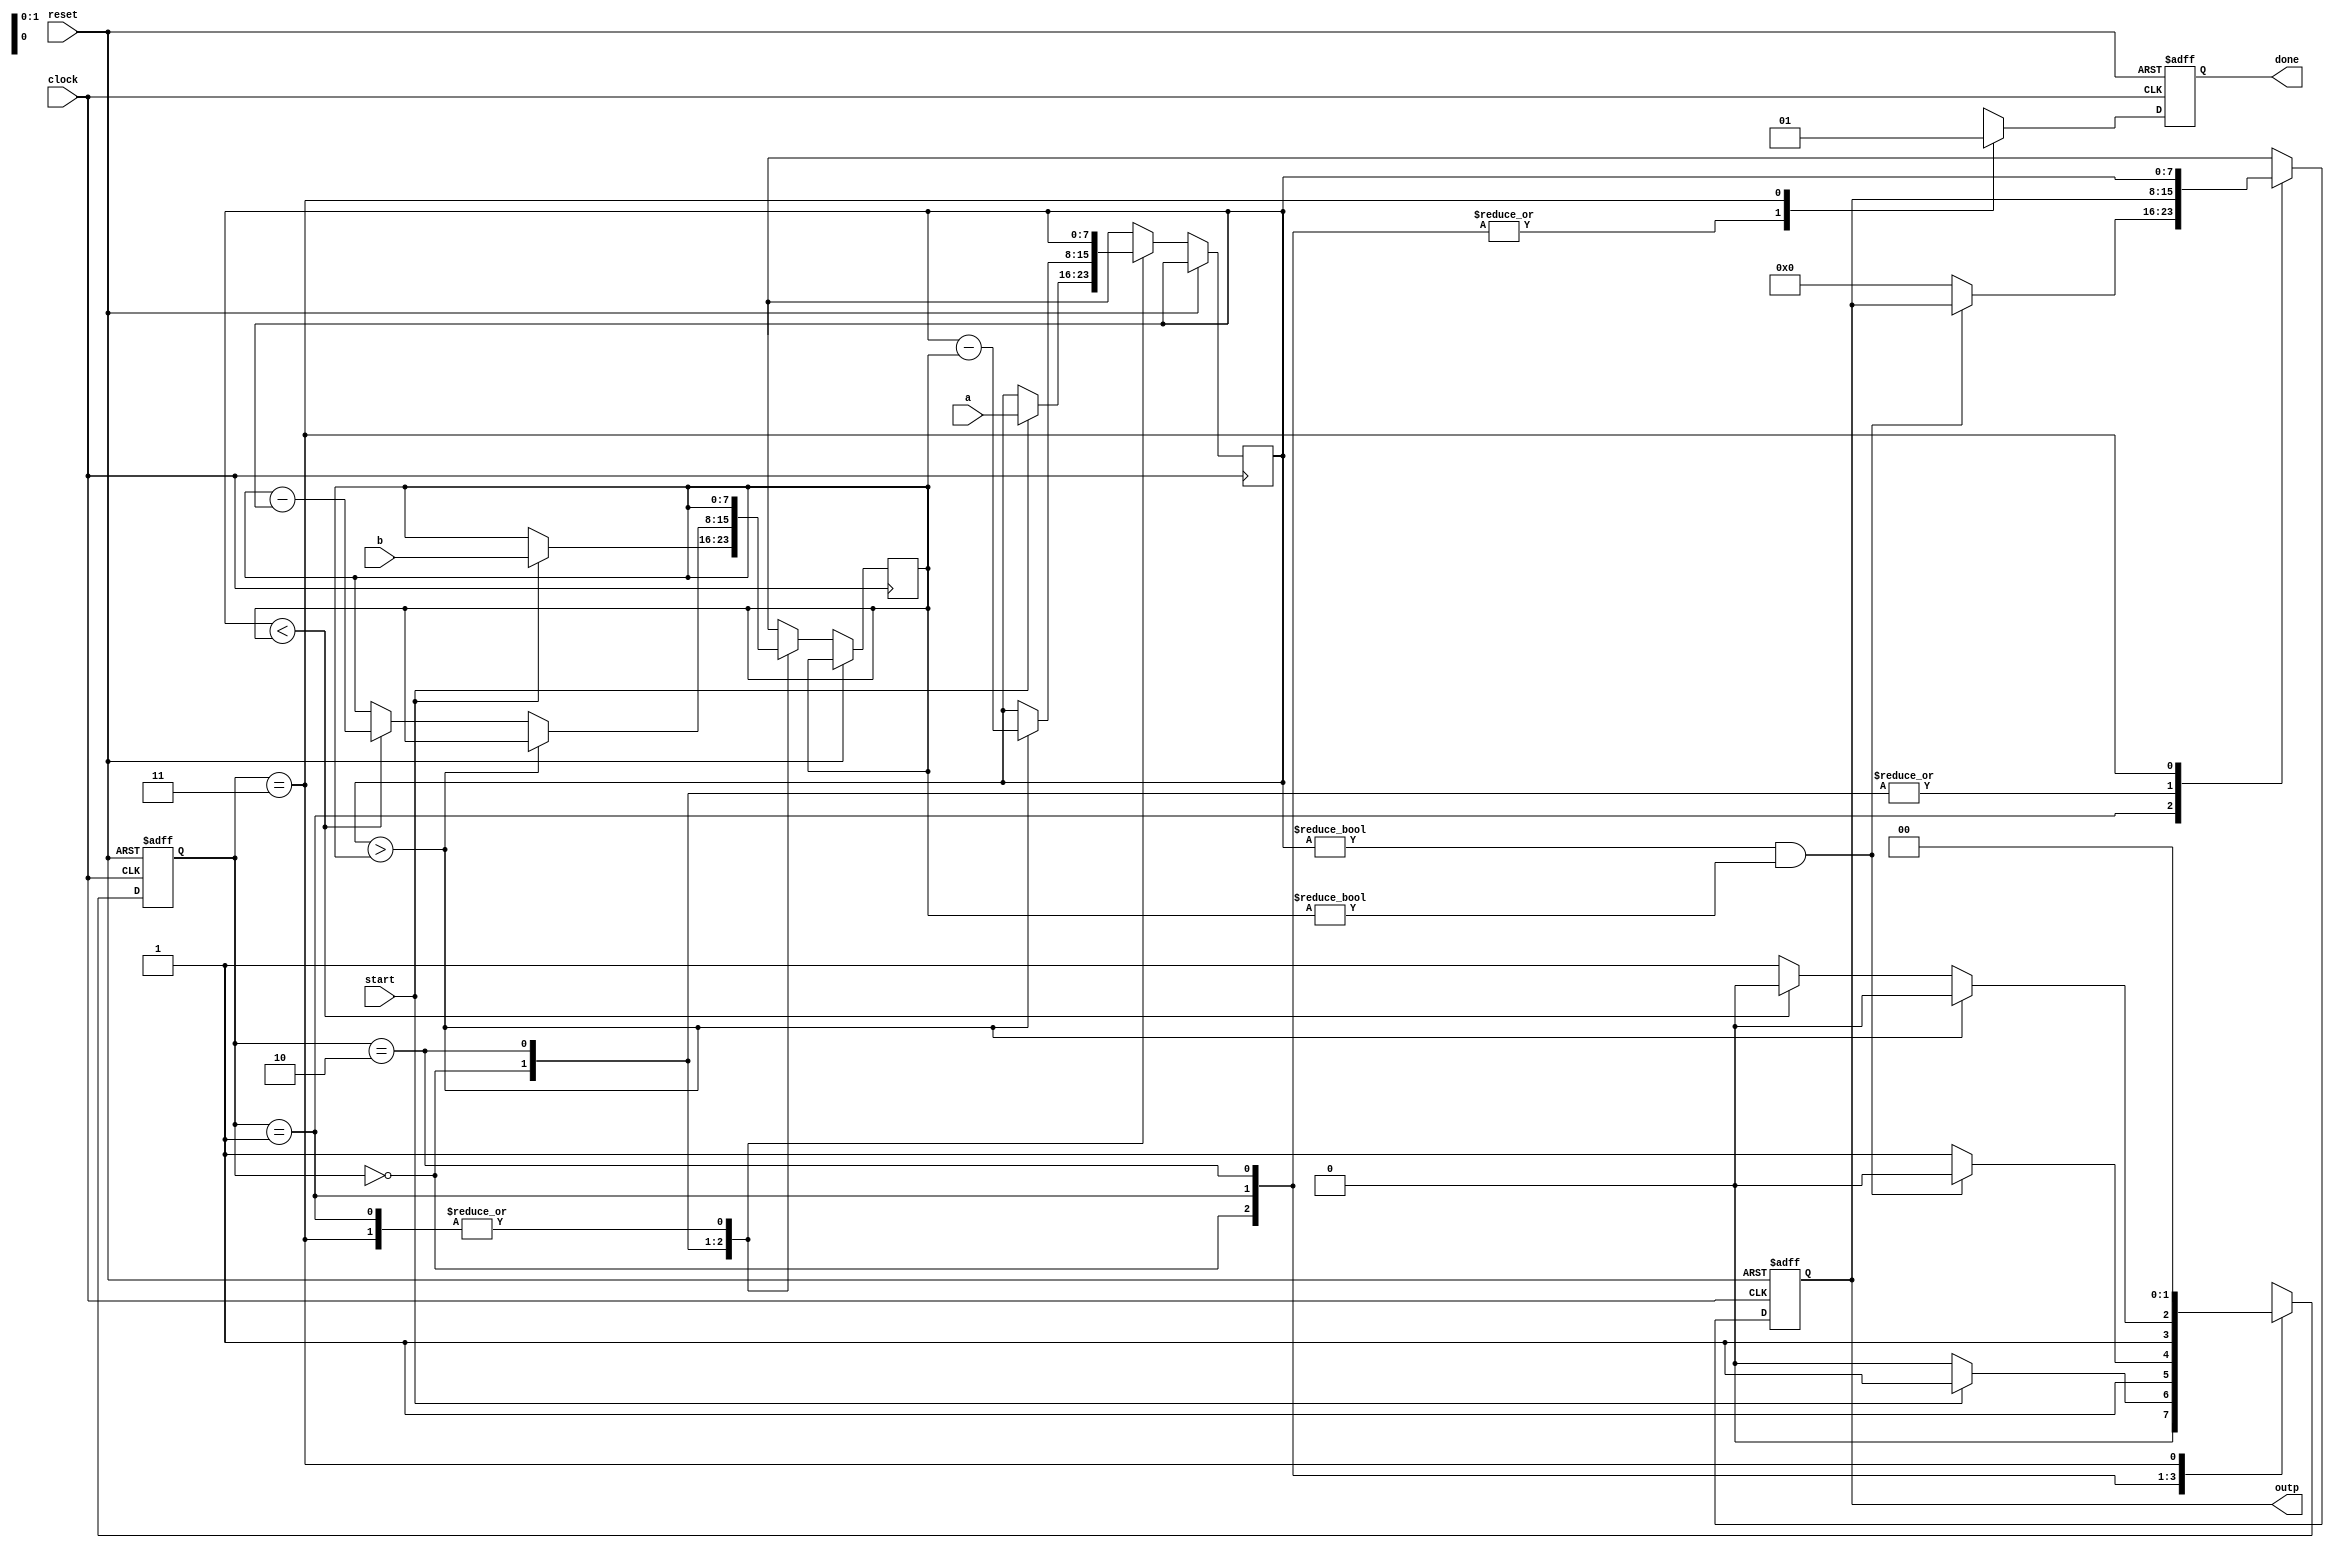
module gcd (
  clock, reset, start,
  a, b,
  outp, done);
  parameter WIDTH = 8;
  parameter s0 = 2'b00, s1 = 2'b01, s2 = 2'b10, s3 = 2'b11;
  input clock, reset, start;
  input [WIDTH-1:0] a, b;
  output [WIDTH-1:0] outp;
  output done;
  reg done;
  reg [WIDTH-1:0] outp;
  reg[1:0] state;
  reg [WIDTH-1:0] x_reg, x_next, y_reg, y_next;
  
  always @(posedge clock or posedge reset)
  begin
    done = 1'b0;
    if (reset) begin
      state = s0;
      x_reg = 0;
      y_reg = 0;
      done = 1'b0;
      outp = 0;
    end
    else begin
      x_reg = x_next;
      y_reg = y_next;
      case (state)
        s0: begin
          if (start) begin
            x_next = a;
            y_next = b;
            state = s1;
          end
          else
            state = s0;
        end
        s1: begin
          if (x_reg != 0 && y_reg != 0)
            state = s2;
          else begin
            outp = 0;
            state = s3;
          end
        end
        s2: begin
          if (x_reg > y_reg) begin
            x_next = x_reg - y_reg;
            state = s2;
          end
          else if (x_reg < y_reg) begin
            y_next = y_reg - x_reg;
            state = s2;
          end
          else
            state = s3;
        end
        s3: begin
          done = 1'b1;
          outp = x_reg;
          state = s0;
        end
      endcase
    end
  end

endmodule